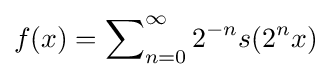
f(x)=\sum \nolimits _{n=0}^{\infty }2^{-n}s(2^{n}x)